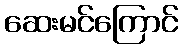
ဆေးမင်ကြောင်